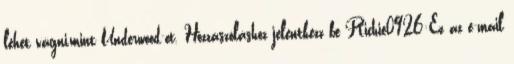
lehet vágni,mint Underwood-ot. Hozzászóláshoz jelentkezz be Richie0926:Ez az e-mail